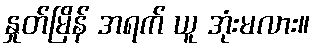
နှုတ်မြိန် အရက် ယူ အုံးမလား။